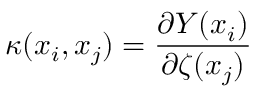
\kappa ( x _ { i } , x _ { j } ) = \frac { \partial Y ( x _ { i } ) } { \partial \zeta ( x _ { j } ) }